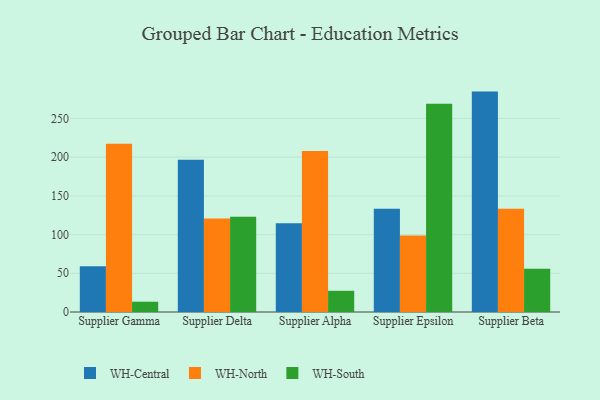
{"axis": {"x": "Supplier", "y": "Backlog"}, "legend": ["WH-Central", "WH-North", "WH-South"], "data": [{"x": "Supplier Gamma", "y": 59.2, "type": "WH-Central"}, {"x": "Supplier Gamma", "y": 217.2, "type": "WH-North"}, {"x": "Supplier Gamma", "y": 13.3, "type": "WH-South"}, {"x": "Supplier Delta", "y": 196.6, "type": "WH-Central"}, {"x": "Supplier Delta", "y": 120.9, "type": "WH-North"}, {"x": "Supplier Delta", "y": 123.1, "type": "WH-South"}, {"x": "Supplier Alpha", "y": 114.8, "type": "WH-Central"}, {"x": "Supplier Alpha", "y": 208.1, "type": "WH-North"}, {"x": "Supplier Alpha", "y": 27.4, "type": "WH-South"}, {"x": "Supplier Epsilon", "y": 133.5, "type": "WH-Central"}, {"x": "Supplier Epsilon", "y": 98.8, "type": "WH-North"}, {"x": "Supplier Epsilon", "y": 269.1, "type": "WH-South"}, {"x": "Supplier Beta", "y": 284.7, "type": "WH-Central"}, {"x": "Supplier Beta", "y": 133.3, "type": "WH-North"}, {"x": "Supplier Beta", "y": 55.9, "type": "WH-South"}]}